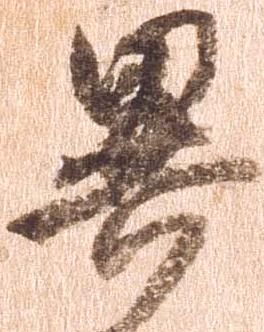
異